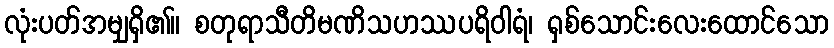
လုံးပတ်အမျှရှိ၏။ စတုရာသီတိမဏိသဟဿပရိဝါရံ၊ ရှစ်သောင်းလေးထောင်သော